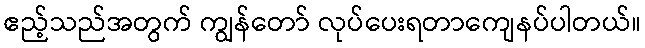
ဧည့်သည်အတွက် ကျွန်တော် လုပ်ပေးရတာကျေနပ်ပါတယ်။